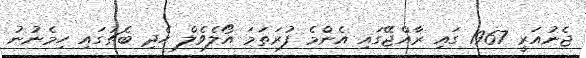
ޖެނުއަރީ 1967 ގައި ރާއްޖޭގައި އެންމެ ފުރަތަމަ އޯލެވެލް ހެދި ބެޗުގައި ހިމެނުނު